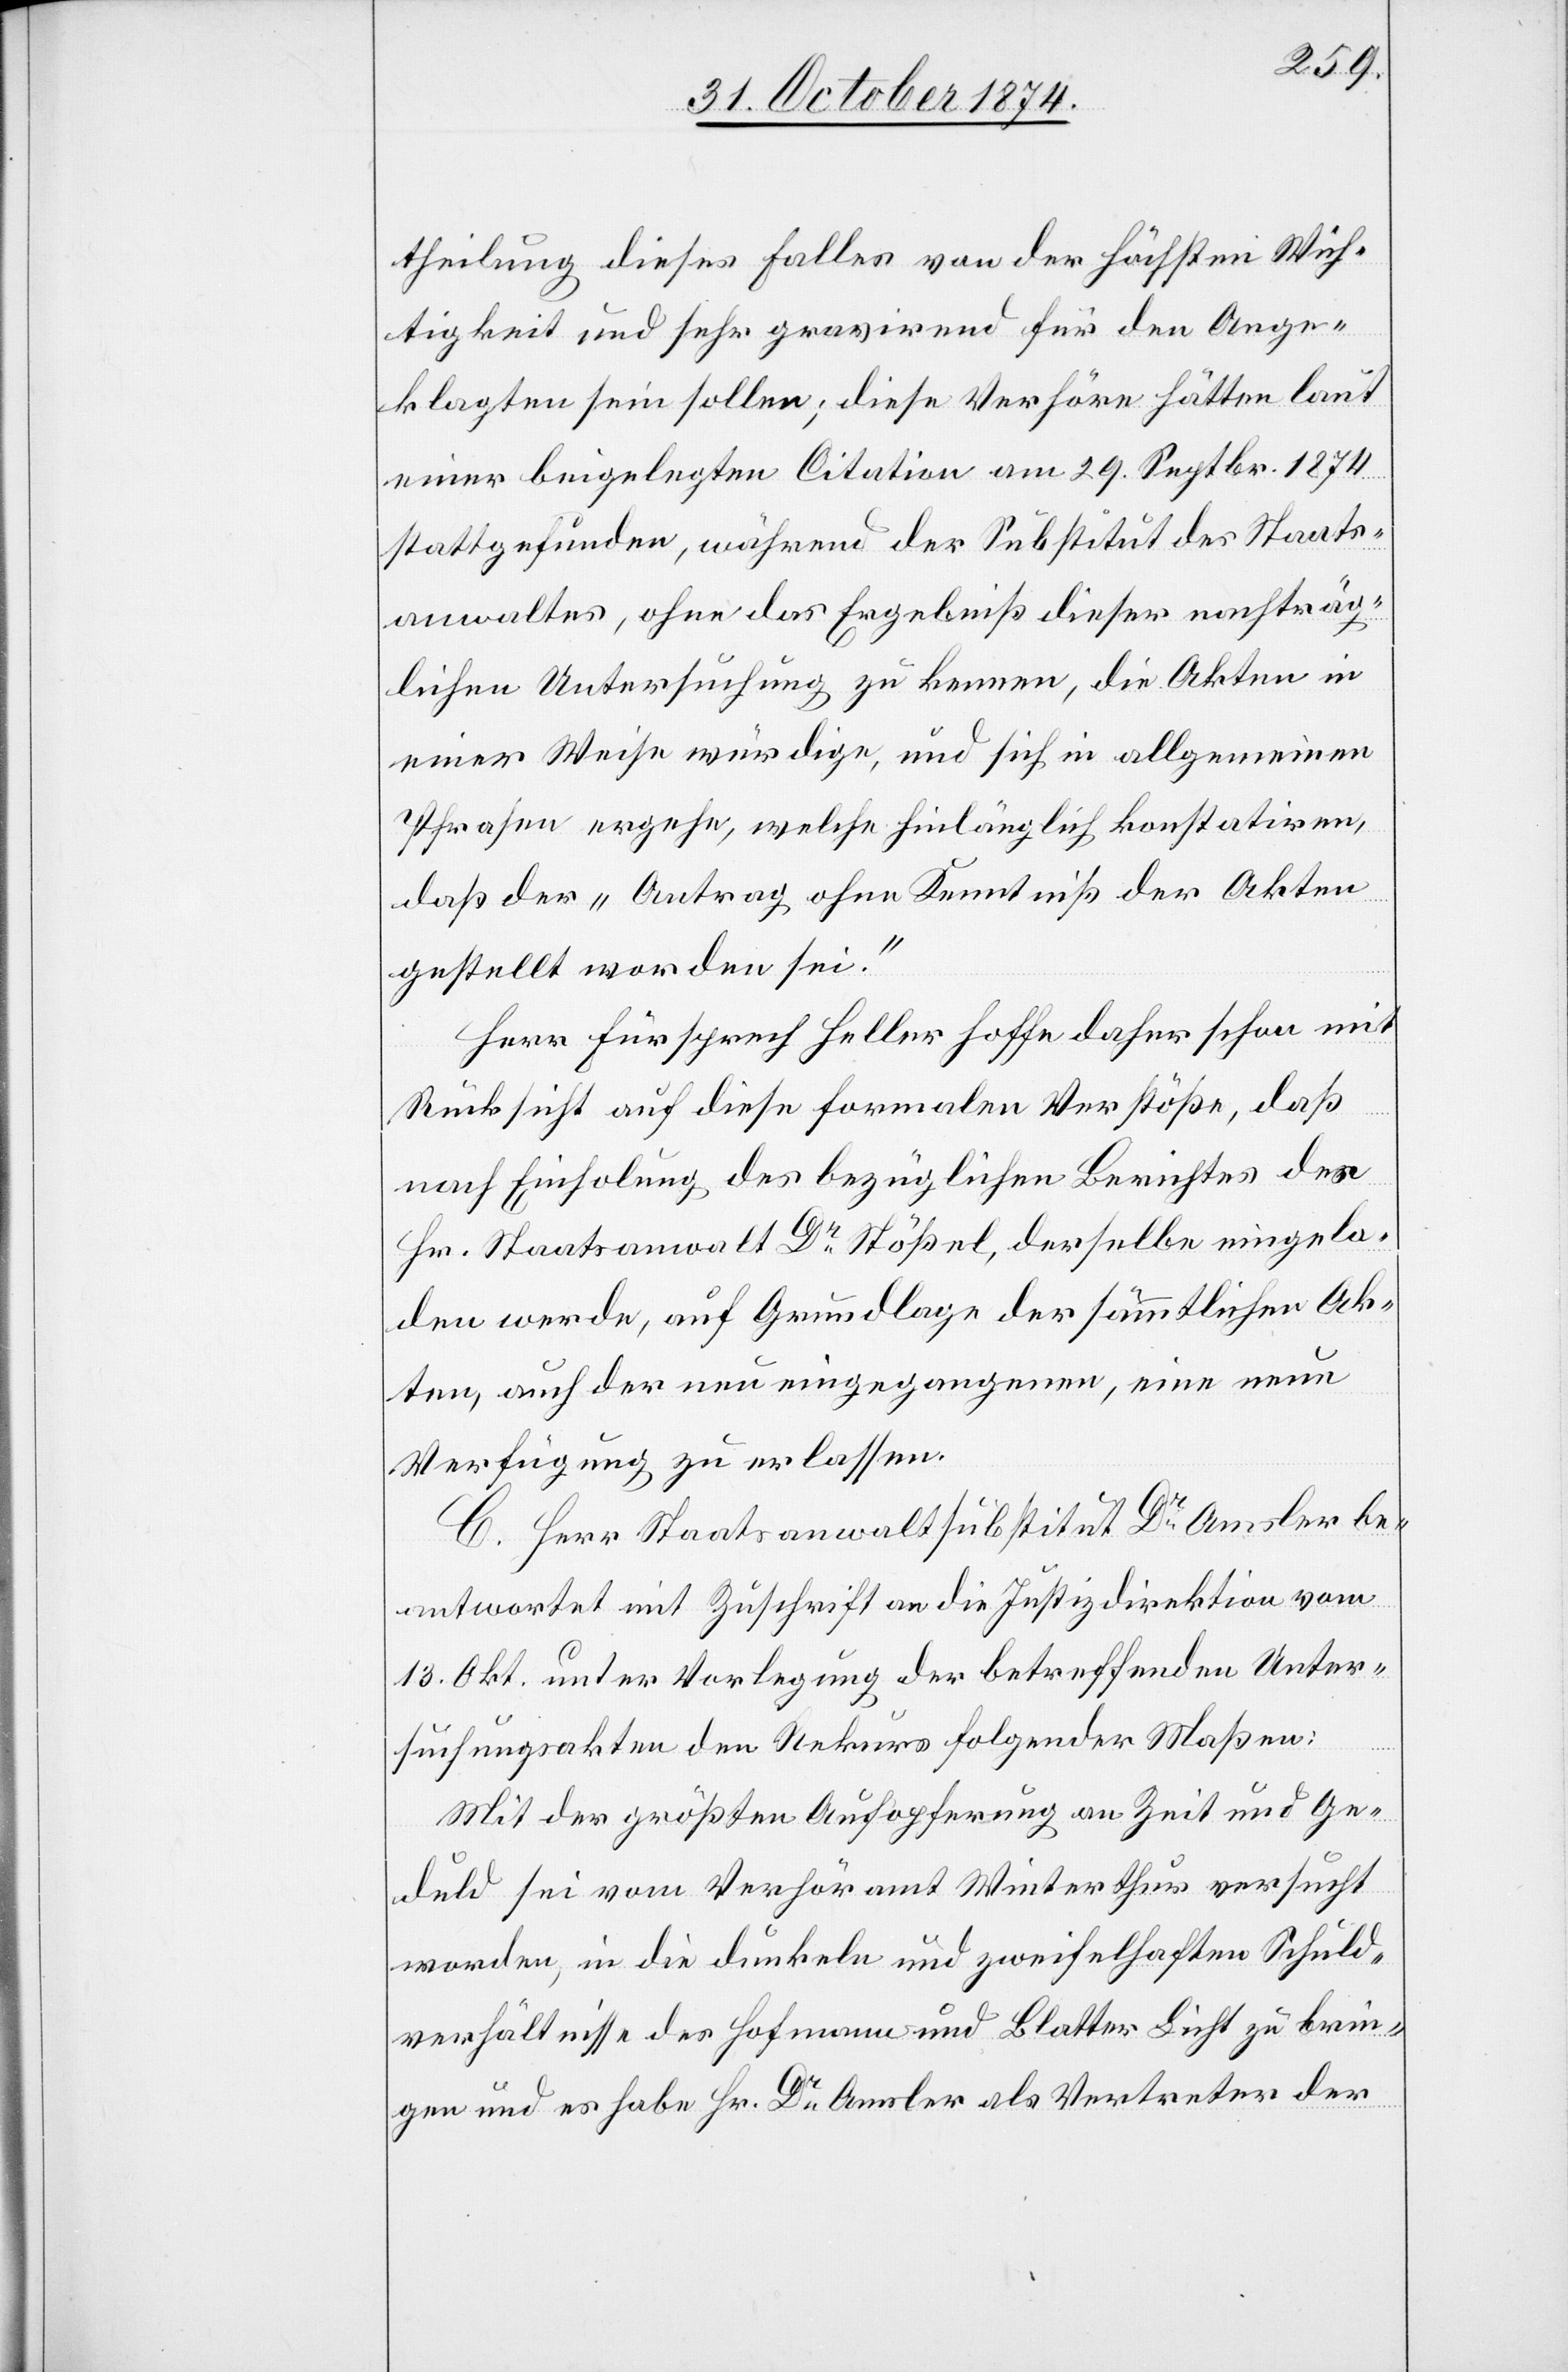
theilung dieses Falles von der höchsten Wich¬
tigkeit und sehr gravirend für den Ange¬
klagten sein sollen; diese Verhöre hätten laut
einer beigelegten Citation am 29. Septbr. 1874
stattgefunden, während der Substitut der Staats¬
anwaltes, ohne das Ergebniß dieser nachträg¬
lichen Untersuchung zu kennen, die Akten in
einer Weise würdige, und sich in allgemeinen
Phrasen ergehe, welche hinlänglich konstatiren,
daß der „Antrag ohne Kenntniß der Akten
gestellt worden sei.“
Herr Fürsprech Heller hoffe daher schon mit
Rücksicht auf diese formalen Verstöße, daß
nach Einholung des bezüglichen Berichtes des
Hr. Staatsanwalt Dr Stößel, derselbe eingela¬
den werde, auf Grundlage der sämmtlichen Ak¬
ten, auch der neu eingegangenen, eine neue
Verfügung zu erlassen.
C. Herr Staatsanwaltsubstitut Dr Amlser be¬
antwortet mit Zuschrift an die Justizdirektion vom
13. Okt. unter Vorlegung der betreffenden Unter¬
suchungsakten den Rekurs folgender Maßen:
Mit der größten Aufopferung an Zeit und Ge¬
duld sei vom Verhöramt Winterthur versucht
worden, in die dunkeln und zweifelhaften Schuld¬
verhältnisse des Hofmann und Blatter Licht zu brin¬
gen und es habe Hr. Dr Amsler als Vertreter der